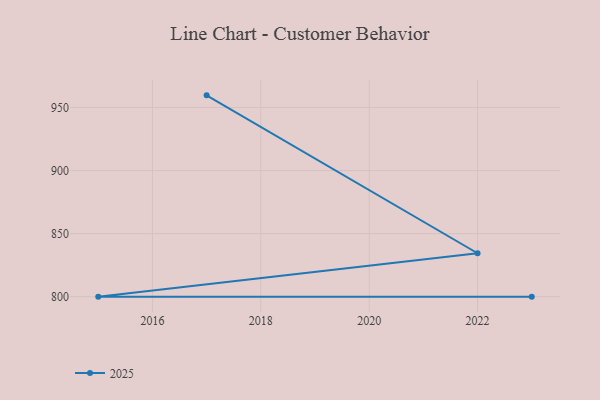
{"axis": {"x": "Year", "y": "Latency (ms)"}, "legend": ["2025"], "data": [{"x": "2017", "y": 959.6, "type": "2025"}, {"x": "2022", "y": 834.4, "type": "2025"}, {"x": "2015", "y": 800, "type": "2025"}, {"x": "2023", "y": 800, "type": "2025"}]}